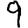
Digit: 9